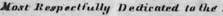
Most Respectfully Dedicated to the